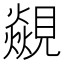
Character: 𮗝